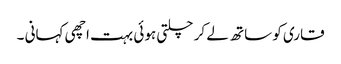
قاری کو ساتھ لے کر چلتی ہوئی بہت اچھی کہانی ۔